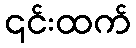
၎င်းထက်